Insane asylums in Bengal annual reports 1867-1875 - 1867-1875
Year: 1867
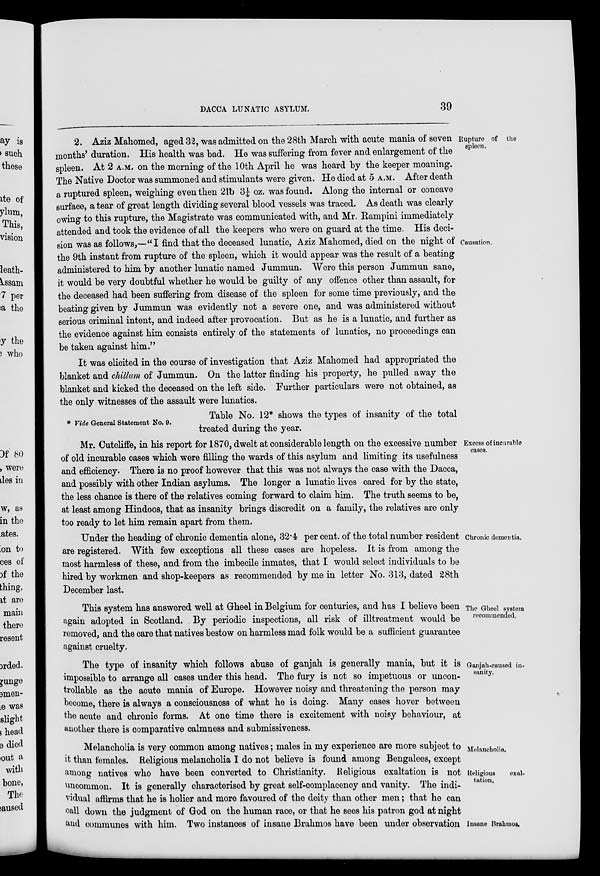
DACCA LUNATIC ASYLUM.
39
Rupture of the
spleen.
Causation.
2. Aziz Mahomed, aged 32, was admitted on the 28th March with acute mania of seven
months' duration. His health was bad. He was suffering from fever and enlargement of the
spleen. At 2 A.M. on the morning of the 10th April he was heard by the keeper moaning.
The Native Doctor was summoned and stimulants were given. He died at 5 A.M. After death
a ruptured spleen, weighing even then 2lb 3¼ oz. was found. Along the internal or concave
surface, a tear of great length dividing several blood vessels was traced. As death was clearly
owing to this rupture, the Magistrate was communicated with, and Mr. Rampini immediately
attended and took the evidence of all the keepers who were on guard at the time. His deci-
sion was as follows,—"I find that the deceased lunatic, Aziz Mahomed, died on the night of
the 9th instant from rupture of the spleen, which it would appear was the result of a beating
administered to him by another lunatic named Jummun. Were this person Jummun sane,
it would be very doubtful whether he would be guilty of any offence other than assault, for
the deceased had been suffering from disease of the spleen for some time previously, and the
beating given by Jummun was evidently not a severe one, and was administered without
serious criminal intent, and indeed after provocation. But as he is a lunatic, and further as
the evidence against him consists entirely of the statements of lunatics, no proceedings can
be taken against him."
It was elicited in the course of investigation that Aziz Mahomed had appropriated the
blanket and chillum of Jummun. On the latter finding his property, he pulled away the
blanket and kicked the deceased on the left side. Further particulars were not obtained, as
the only witnesses of the assault were lunatics.
* Vide General Statement No. 9.
Table No. 12* shows the types of insanity of the total
treated during the year.
Excess of incurable
cases.
Mr. Cutcliffe, in his report for 1870, dwelt at considerable length on the excessive number
of old incurable cases which were filling the wards of this asylum and limiting its usefulness
and efficiency. There is no proof however that this was not always the case with the Dacca,
and possibly with other Indian asylums. The longer a lunatic lives cared for by the state,
the less chance is there of the relatives coming forward to claim him. The truth seems to be,
at least among Hindoos, that as insanity brings discredit on a family, the relatives are only
too ready to let him remain apart from them.
Chronic dementia.
Under the heading of chronic dementia alone, 32.4 per cent. of the total number resident
are registered. With few exceptions all these cases are hopeless. It is from among the
most harmless of these, and from the imbecile inmates, that I would select individuals to be
hired by workmen and shop-keepers as recommended by me in letter No. 313, dated 28th
December last.
The Gheel system
recommended.
This system has answered well at Gheel in Belgium for centuries, and has I believe been
again adopted in Scotland. By periodic inspections, all risk of illtreatment would be
removed, and the care that natives bestow on harmless mad folk would be a sufficient guarantee
against cruelty.
Ganjah-caused in-
sanity.
The type of insanity which follows abuse of ganjah is generally mania, but it is
impossible to arrange all cases under this head. The fury is not so impetuous or uncon-
trollable as the acute mania of Europe. However noisy and threatening the person may
become, there is always a consciousness of what he is doing. Many cases hover between
the acute and chronic forms. At one time there is excitement with noisy behaviour, at
another there is comparative calmness and submissiveness.
Melancholia.
Religious
exal-
tation.
Insane Brahmos.
Melancholia is very common among natives; males in my experience are more subject to
it than females. Religious melancholia I do not believe is found among Bengalees, except
among natives who have been converted to Christianity. Religious exaltation is not
uncommon. It is generally characterised by great self-complacency and vanity. The indi-
vidual affirms that he is holier and more favoured of the deity than other men; that he can
call down the judgment of God on the human race, or that he sees his patron god at night
and communes with him. Two instances of insane Brahmos have been under observation